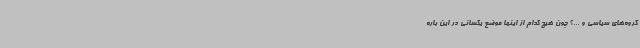
گروه‌های سیاسی و ...؟ چون هیچ ‌کدام از اینها موضع یکسانی در این باره